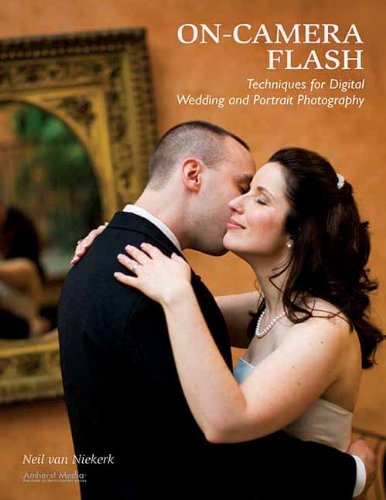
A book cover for On-Camera Flash Techniques for Digital Wedding and Portrait Photography; Neil van Niekerk; Crafts, Hobbies & Home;